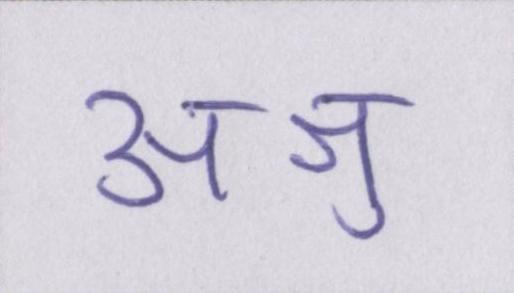
अश्रु